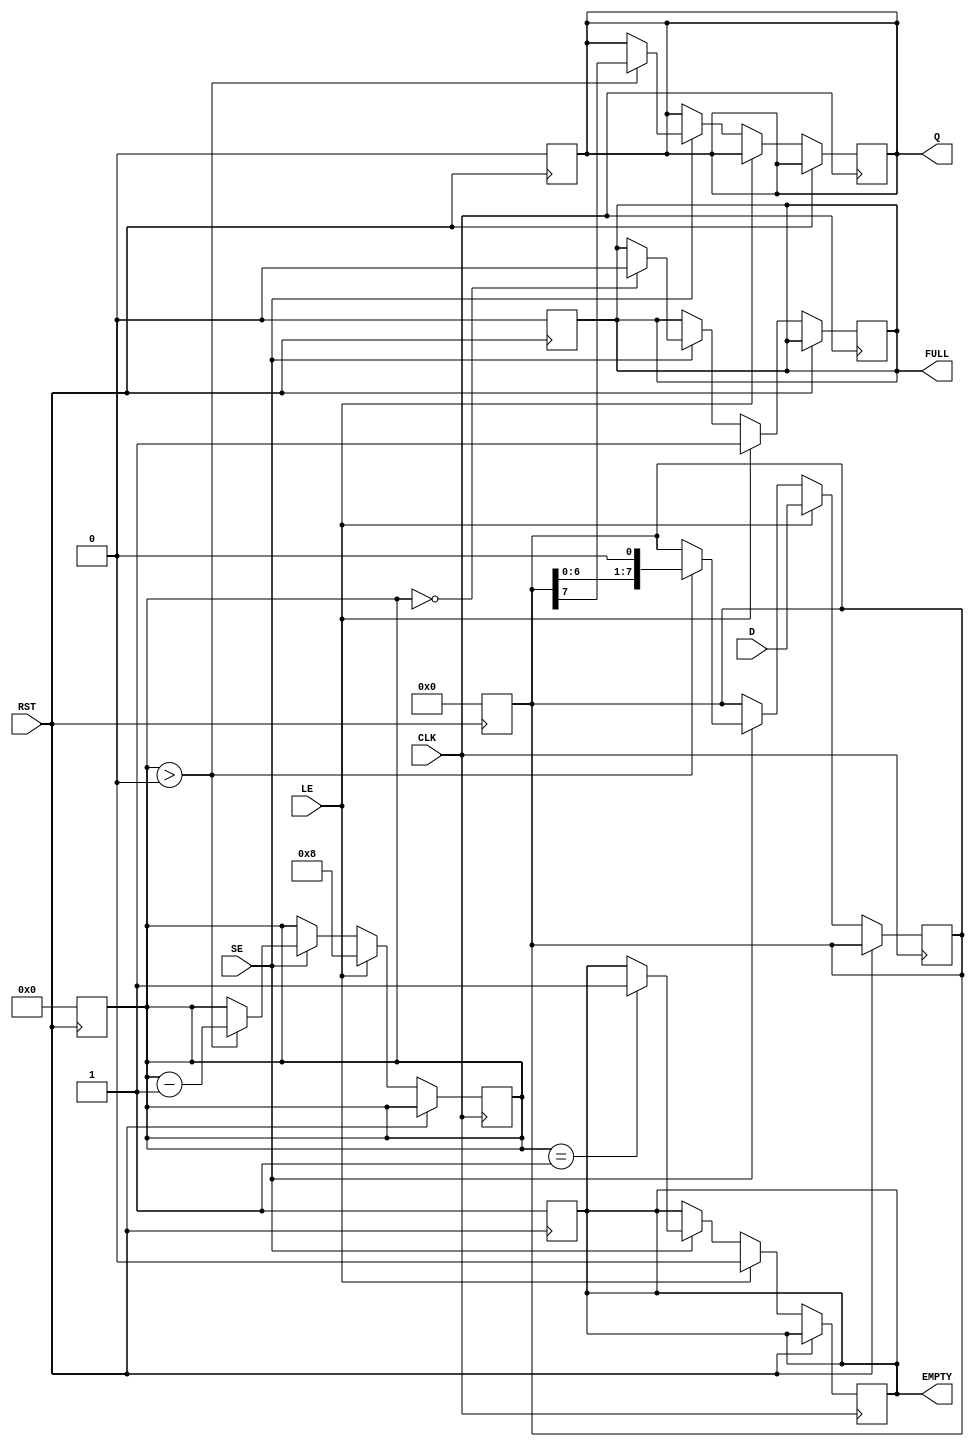
module PISO_Register #(
    parameter n = 8  // Configurable bit width
) (
    input wire [n-1:0] D,      // Parallel Data Input
    input wire LE,              // Load Enable
    input wire SE,              // Shift Enable
    input wire CLK,             // Clock
    input wire RST,             // Reset
    output reg Q,               // Serial Output
    output reg FULL,            // Full flag
    output reg EMPTY            // Empty flag
);

    reg [n-1:0] shift_reg;      // Shift register to hold the data
    reg [3:0] count;            // Counter to track the number of bits shifted out

    // Asynchronous reset
    always @(posedge RST) begin
        shift_reg <= {n{1'b0}};
        Q <= 1'b0;
        FULL <= 1'b0;
        EMPTY <= 1'b1;
        count <= 4'b0;
    end

    // Main operation
    always @(posedge CLK) begin
        if (RST) begin
            // Reset logic is handled in the asynchronous reset block
        end else begin
            if (LE) begin
                // Load data into the shift register
                shift_reg <= D;
                FULL <= 1'b1;  // Register is now full after loading
                EMPTY <= 1'b0; // Register is not empty
                count <= n;    // Set count to n (full)
            end else if (SE) begin
                if (count > 0) begin
                    // Shift data out
                    Q <= shift_reg[n-1]; // Output MSB
                    shift_reg <= {shift_reg[n-2:0], 1'b0}; // Shift right
                    count <= count - 1; // Decrement the count
                end
                // Update FULL and EMPTY flags
                if (count == 1) begin
                    EMPTY <= 1'b1; // Last bit shifted out, register is empty
                end
                if (count == 0) begin
                    FULL <= 1'b0; // Register is not full anymore
                end
            end
        end
    end

endmodule